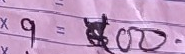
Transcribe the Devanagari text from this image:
X १ = रू ८००-